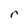
Character: r